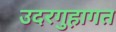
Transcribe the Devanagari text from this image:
उदरगुहागत